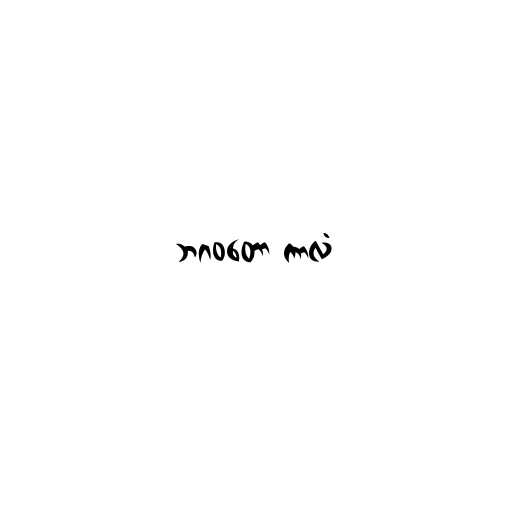
ဘဂဝတော ကာလံ